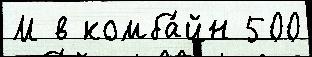
М в комба́йн 500